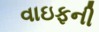
વાઇફની